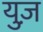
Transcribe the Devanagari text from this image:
युज़